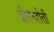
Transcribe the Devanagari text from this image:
वीरनहोती